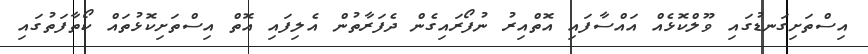
އިސްތަށިގަނޑުގައި ވޫލްކޮޅެއް އައްސާފައި އޮތްއިރު ނުފޯރައިގެން ދެފަރާތުން އެލިފައި އޮތް އިސްތަށިކޮޅުތައް ކޯތާފަތުގައި